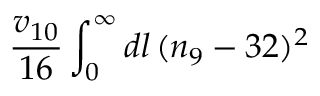
\frac { v _ { 1 0 } } { 1 6 } \int _ { 0 } ^ { \infty } d l \, ( n _ { 9 } - 3 2 ) ^ { 2 }